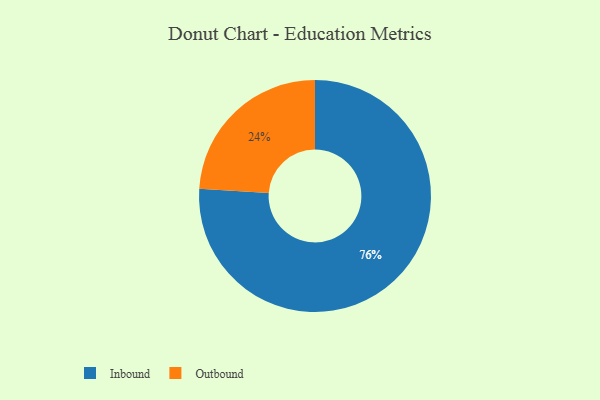
{"axis": {"x": "Category", "y": "Percentage"}, "legend": ["Inbound", "Outbound"], "data": [{"x": "Outbound", "y": 24, "type": "Outbound"}, {"x": "Inbound", "y": 76, "type": "Inbound"}]}